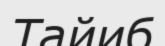
Тайиб